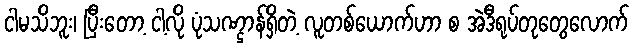
ငါမသိဘူး၊ ပြီးတော့ ငါ့လို ပုံသဏ္ဌာန်ရှိတဲ့ လူတစ်ယောက်ဟာ စ အဲဒီရုပ်တုတွေလောက်